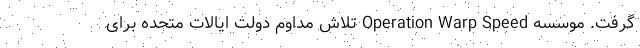
گرفت. موسسه‌ Operation Warp Speed تلاش مداوم دولت ایالات متحده برای